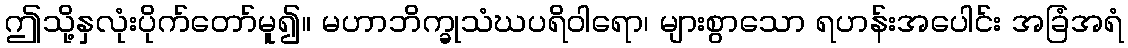
ဤသို့နှလုံးပိုက်တော်မူ၍။ မဟာဘိက္ခုသံဃပရိဝါရော၊ များစွာသော ရဟန်းအပေါင်း အခြံအရံ